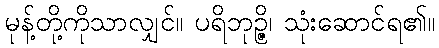
မုန့်တို့ကိုသာလျှင်။ ပရိဘုဉ္ဇိ၊ သုံးဆောင်ရ၏။